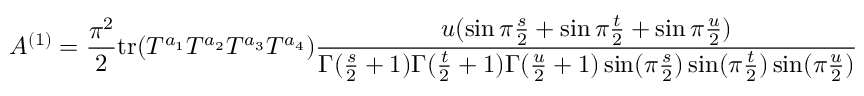
A ^ { ( 1 ) } = { \frac { \pi ^ { 2 } } { 2 } } \mathrm { t r } ( T ^ { a _ { 1 } } T ^ { a _ { 2 } } T ^ { a _ { 3 } } T ^ { a _ { 4 } } ) { \frac { u ( \sin \pi { \frac { s } { 2 } } + \sin \pi { \frac { t } { 2 } } + \sin \pi { \frac { u } { 2 } } ) } { \Gamma ( { \frac { s } { 2 } } + 1 ) \Gamma ( { \frac { t } { 2 } } + 1 ) \Gamma ( { \frac { u } { 2 } } + 1 ) \sin ( \pi { \frac { s } { 2 } } ) \sin ( \pi { \frac { t } { 2 } } ) \sin ( \pi { \frac { u } { 2 } } ) } }